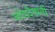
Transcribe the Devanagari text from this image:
कोडदेवांनी